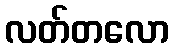
လတ်တလော